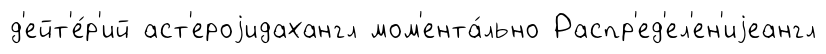
д'ейт'е́р'ий аст'ероjидахангл мом'ента́льно Распр'ед'ел'ен'иjеангл